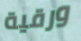
ورقية